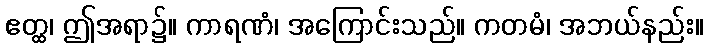
ဧတ္ထ၊ ဤအရာ၌။ ကာရဏံ၊ အကြောင်းသည်။ ကတမံ၊ အဘယ်နည်း။